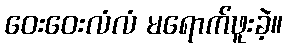
ဝေးဝေးလံလံ မရောက်ဖူးခဲ့။